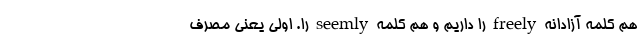
هم کلمه آزادانه freely را داریم و هم کلمه seemly را. اولی یعنی مصرف